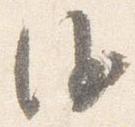
沙